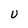
Character: U